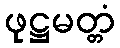
ဖုဋ္ဌမတ္တံ